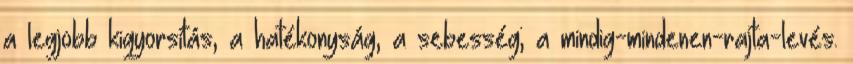
a legjobb kigyorsítás, a hatékonyság, a sebesség; a mindig-mindenen-rajta-levés.